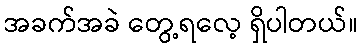
အခက်အခဲ တွေ့ရလေ့ ရှိပါတယ်။